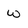
Character: w